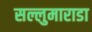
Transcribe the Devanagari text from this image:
सल्लुमाराडा